Civil Veterinary Department Bengal reports 1923-33 - 1923-1933
Year: 1923
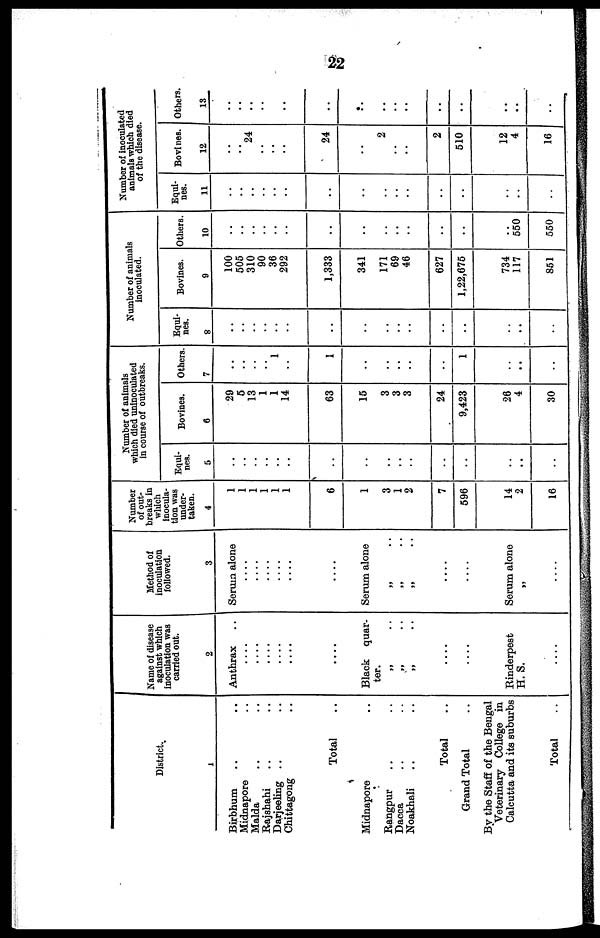
22
District.
1
Birbhum .. ..
Midnapore ..
Malda .. ..
Rajshahi .. ..
Darjeeling .. ..
Chittagong ..
Total ..
Midnapore ..
Rangpur .. ..
Dacca .. ..
Noakhali .. ..
Total ..
Grand Total ..
By the Staff of the Bengal
Veterinary College in
Calcutta and its suburbs
Total ..
Name of disease
against which
inoculation was
carried out.
2
Anthrax
....
....
....
....
....
....
Black quar-
ter.
„ ..
„ ..
„ ..
....
.......
Rinderpest
H. S.
....
Method of
inoculation
followed.
3
Serum alone
....
....
....
....
....
....
Serum alone
„ ..
„ ..
„ ..
....
....
Serum alone
„
....
Number
of out-
breaks in
which
inocula-
tion was
under-
taken.
4
1
1
1
1
1
1
6
1
3
1
2
7
596
14
2
16
Number of animals
which died uninoculated
in course of outbreaks.
Equi-
nes.
5
..
..
..
..
..
..
..
..
. .
..
..
..
..
..
..
..
Bovines.
6
29
5
13
1
1
14
63
15
3
3
3
24
9,423
26
4
30
Others.
7
..
..
..
..
1
..
1
..
..
..
..
..
1
..
..
..
Number of animals
inoculated.
Equi-
nes.
8
..
..
..
..
..
..
..
..
..
..
..
..
..
..
..
..
Bovines.
9
100
505
310
90
36
292
1,333
341
171
69
46
627
1,22,675
734
117
851
Others.
10
..
..
..
..
..
..
..
..
..
..
..
..
..
..
550
550
Number of inoculated
animals which died
of the disease.
Equi-
nes.
11
..
..
..
..
..
..
..
..
..
..
..
..
..
..
..
..
Bovines.
12
..
..
24
..
..
..
24
..
..
..
..
2
510
12
4
16
Others.
13
..
..
..
..
..
..
..
..
..
..
..
..
..
..
..
..